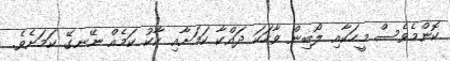
ކޮންމެވެސް މީހަކާއި ލޯބިން ވާހަކަ ދައްކާ ކަމަށާއި ކާކު ކަމެއް ނޭނގޭ ކަމަށެވެ.